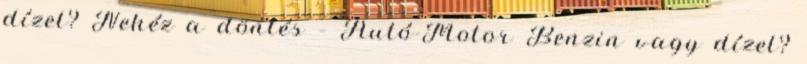
dízel? Nehéz a döntés – Autó-Motor Benzin vagy dízel?